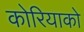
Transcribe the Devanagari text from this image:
कोरियाको